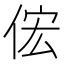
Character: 𫢦